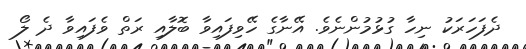
ދެފަހަރަކު ނިހާ ގުޅުމުންނެވެ. އޭނާގެ ހޭވިފައިވާ ބޮލާއި ރަތް ވެފައިވާ ދެ ލޯ